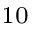
^ { 1 0 }